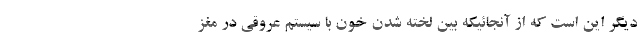
دیگر این است که از آنجائیکه بین لخته شدن خون با سیستم عروقی در مغز